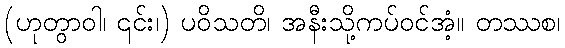
(ဟုတွာဝါ၊ ၎င်း၊) ပဝိသတိ၊ အနီးသို့ကပ်ဝင်အံ့။ တဿစ၊